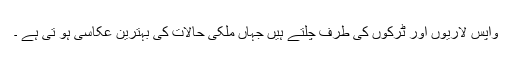
واپس لاریوں اور ٹرکوں کی طرف چلتے ہیں جہاں ملکی حالات کی بہترین عکاسی ہو تی ہے ۔